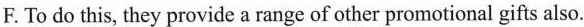
F. To do this, they provide a range of other promotional gifts also.